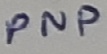
Text: PNP